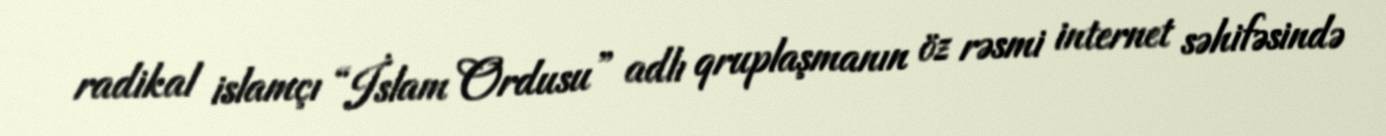
radikal islamçı “İslam Ordusu” adlı qruplaşmanın öz rəsmi internet səhifəsində